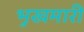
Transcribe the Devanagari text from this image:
भुखमारी